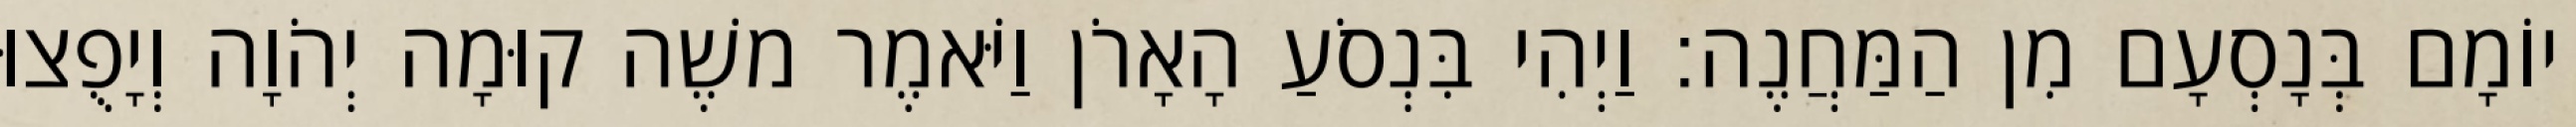
יוֹמָם בְּנָסְעָם מִן הַמַּחֲנֶה׃ וַיְהִי בִּנְסֹעַ הָאָרֹן וַיֹּאמֶר משֶׁה קוּמָה יְהֹוָה וְיָפֻצוּ